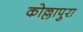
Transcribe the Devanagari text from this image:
कोल्लापुरा